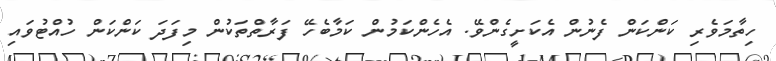
ހިތާމަވެރި ކަންކަން ފެނުން އެކަށީގެންވޭ. އެހެންކަމުން ކަމާބެހޭ ފަރާތްތަކުން މިފަދަ ކަންކަން ހުއްޓުވައި